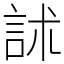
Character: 訹